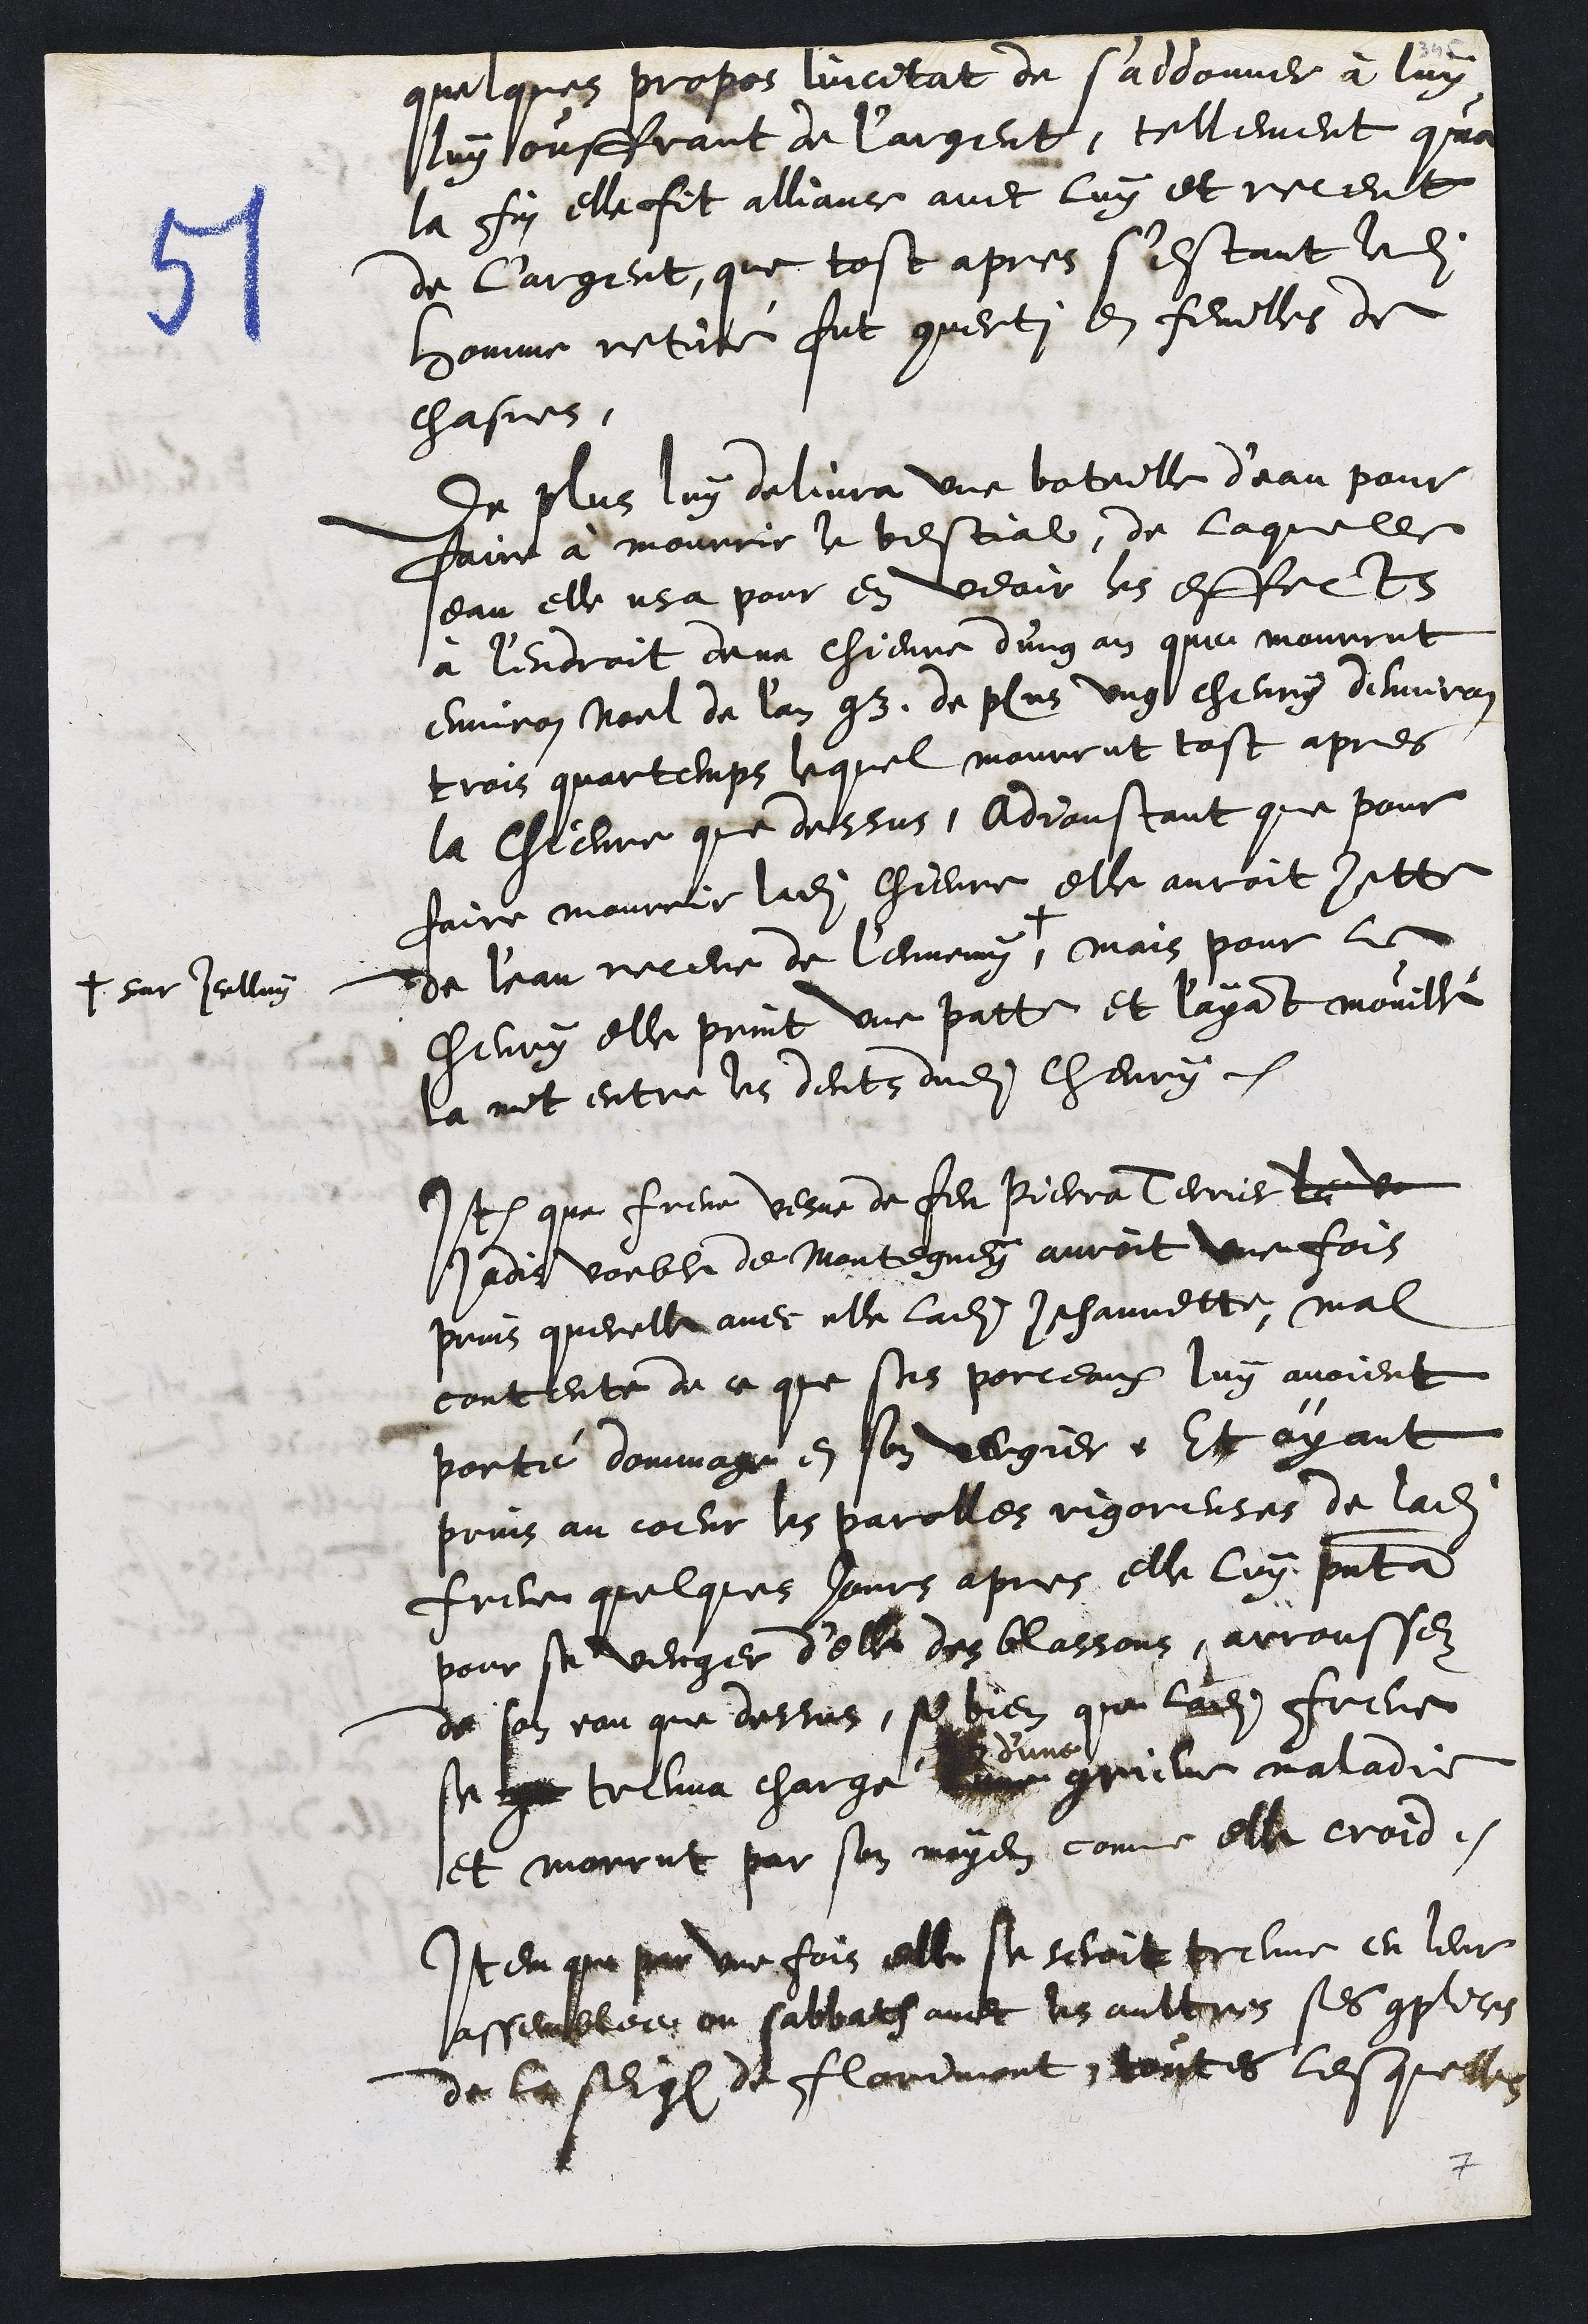
quelques propos lincitat de s'addonner à luy
luy ouffrant de l'argent, tellement qua
la fin elle fit alliance avec luy et receut
de largent, que tost apres s'estant ledit
homme retiré fut converti en feuilles de
chasne.
De plus luy delivra une boteille d'eau pour
faire à mourrir le bestial, de laquelle
eau elle usa pour en veoir les effets
à l'endroit dela chievre d'ung an que mourrut
environ Noel de l'an 93, de plus ung chevry denviron
trois quartemps lequel mourrut tost apres
la Chievre que dessus, Adjoustant que pour
faire mourrir ladite chievre elle auroit jette
de leau receue de lennemy +
+ sur Icelluy
mais pour le
chevry elle print une patte et l'ayant mouillé
la mit entre les dents dudit chevry.
Item que Frene vesve de feu Pierra Terrier le ve
Jadis voeble de Montegney auroit une fois
prins querelle avec elle ladite Jehannette, mal
contente de ce que ses porceaux luy avoient
porté dommage en son vergier. Et ayant
prins au coeur les parolles rigoreuses de ladite
Frene quelques jours apres, elle luy presenta
pour se venger d'elle des blassons, arroussez
de son eau que dessus, si bien que ladite Frene
se treuva chargé
d'une
grieve maladie
et morrut par son moyen comme elle croid.
Item que par une fois elle se seroit treuve en leur
assemblee ou sabbath avec les aultres ses complices
de la seig de Florimont, toutes lesquelles

7